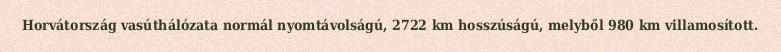
Horvátország vasúthálózata normál nyomtávolságú, 2722 km hosszúságú, melyből 980 km villamosított.